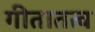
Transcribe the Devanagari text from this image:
गीतातत्व